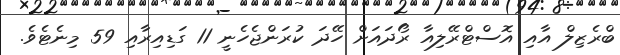
ބްރެޒިލް އާއި އޮސްޓްރޭލިއާ ރޯދައަށް ހޭދަ ކުރަންޖެހެނީ 11 ގަޑިއިރާއި 59 މިނެޓެވެ.